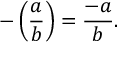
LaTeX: - \left( { \frac { a } { b } } \right) = { \frac { - a } { b } } .